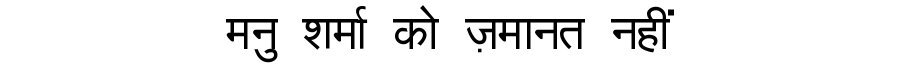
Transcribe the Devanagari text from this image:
मनु शर्मा को ज़मानत नहीं